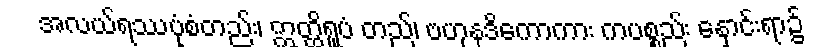
အလယ်ရဿပုံစံတည်း၊ ဣတ္ထိရူပံ တည်၊ ဗဟုနဒိကောကား ကပစ္စည်း နှောင်းရာ၌